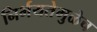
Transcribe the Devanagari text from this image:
निर्भयतेमुळेच